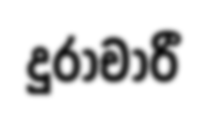
දුරාචාරී